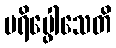
ပရိပ္ဖေါသေတိ